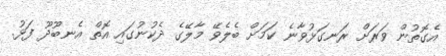
އެގޮތުން ވަރަށް ރަނގަޅުވާނެ ކަމަށް ބެލެވޭ މާލޭގެ ދެކުނުގައި އޮތް އެނބޫދޫ ފަޅު.